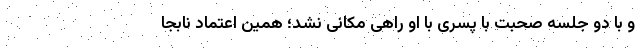
و با دو جلسه صحبت با پسری با او راهی مکانی نشد؛ همین اعتماد نابجا